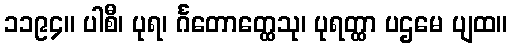
၁၁၉၄။ ပါစီ၊ ပုရ၊ င်္ဂတောတ္ထေသု၊ ပုရတ္ထာ ပဌမေ ပျထ။